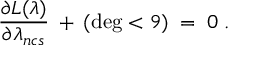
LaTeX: \frac { \partial { \cal { L } } ( \lambda ) } { \partial \lambda _ { n c s } } \: + \: ( \deg < 9 ) \; = \; 0 \; .